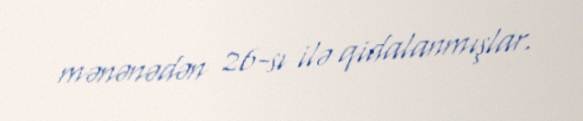
mənənədən 26-sı ilə qidalanmışlar.